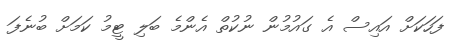
ފަހަކަށް އައިސް އެ ގައުމުން ނުކުތް އެންމެ ބަލި ޓީމު ކަމަށް ބުނެފަ